Report of an investigation into the causes of the diseases known in Assam as Kála-Azár and Beri-Beri
Disease focus: Beri-Beri
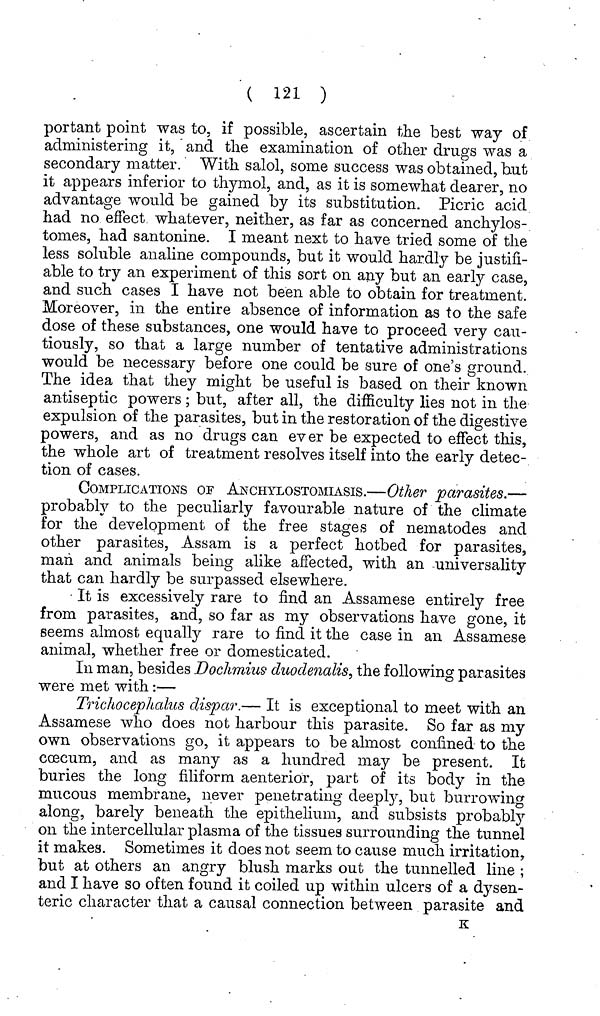
( 121 )
portant point was to, if possible, ascertain the best way of
administering it, and the examination of other drugs was a
secondary matter. With salol, some success was obtained, but
it appears inferior to thymol, and, as it is somewhat dearer, no
advantage would be gained by its substitution. Picric acid
had no effect whatever, neither, as far as concerned anchylos-
tomes, had santonine. I meant next to have tried some of the
less soluble analine compounds, but it would hardly be justifi-
able to try an experiment of this sort on any but an early case,
and such cases I have not been able to obtain for treatment.
Moreover, in the entire absence of information as to the safe
dose of these substances, one would have to proceed very cau-
tiously, so that a large number of tentative administrations
would be necessary before one could be sure of one's ground.
The idea that they might be useful is based on their known
antiseptic powers ; but, after all, the difficulty lies not in the
expulsion of the parasites, but in the restoration of the digestive
powers, and as no drugs can ever be expected to effect this,
the whole art of treatment resolves itself into the early detec-
tion of cases.
COMPLICATIONS OF ANCHYLOSTOMIASIS.—Other parasites.—
probably to the peculiarly favourable nature of the climate
for the development of the free stages of nematodes and
other parasites, Assam is a perfect hotbed for parasites,
man and animals being alike affected, with an universality
that can hardly be surpassed elsewhere.
It is excessively rare to find an Assamese entirely free
from parasites, and, so far as my observations have gone, it
seems almost equally rare to find it the case in an Assamese
animal, whether free or domesticated.
In man, besides Dochmius duodenalis., the following parasites
were met with:—
Trichocephalus dispar.— It is exceptional to meet with an
Assamese who does not harbour this parasite. So far as my
own observations go, it appears to be almost confined to the
coecum, and as many as a hundred may be present. It
buries the long filiform aenterior, part of its body in the
mucous membrane, never penetrating deeply, but burrowing
along, barely beneath the epithelium, and subsists probably
on the intercellular plasma of the tissues surrounding the tunnel
it makes. Sometimes it does not seem to cause much irritation,
but at others an angry blush marks out the tunnelled line ;
and I have so often found it coiled up within ulcers of a dysen-
teric character that a causal connection between parasite and
K